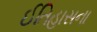
ઈતિહાસના